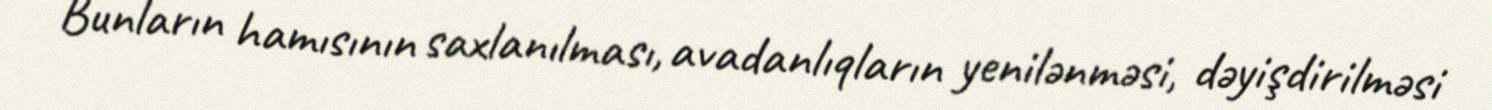
Bunların hamısının saxlanılması, avadanlıqların yenilənməsi, dəyişdirilməsi